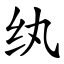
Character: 纨